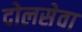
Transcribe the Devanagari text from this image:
दोलसेवा